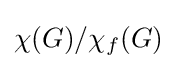
\chi (G)/\chi _{f}(G)